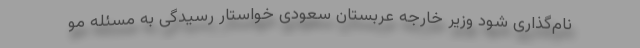
نام‌گذاری شود وزیر خارجه عربستان سعودی خواستار رسیدگی به مسئله مو